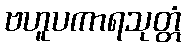
ဗဟူပကာရသုတ္တံ